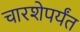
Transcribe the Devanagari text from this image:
चारशेपर्यंत